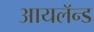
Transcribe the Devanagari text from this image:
आयलॅन्ड